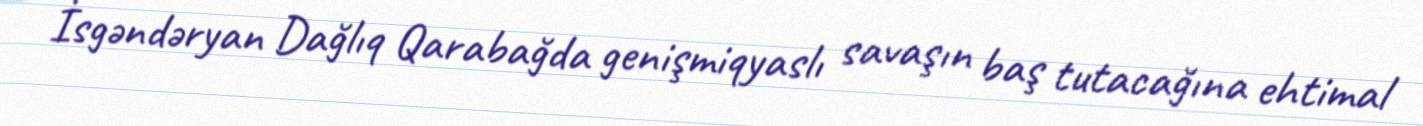
İsgəndəryan Dağlıq Qarabağda genişmiqyaslı savaşın baş tutacağına ehtimal